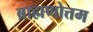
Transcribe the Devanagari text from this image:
ब्राह्मणोत्तम